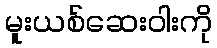
မူးယစ်ဆေးဝါးကို